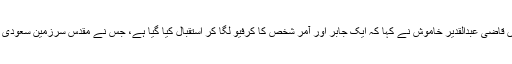
لاہور سے جاری اپنے ایک بیان میں قاضی عبدالقدیر خاموش نے کہا کہ ایک جابر اور آمر شخص کا کرفیو لگا کر استقبال کیا گیا ہے، جس نے مقدس سرزمین سعودی عرب پر آمریت نافذ کر رکھی ہے۔